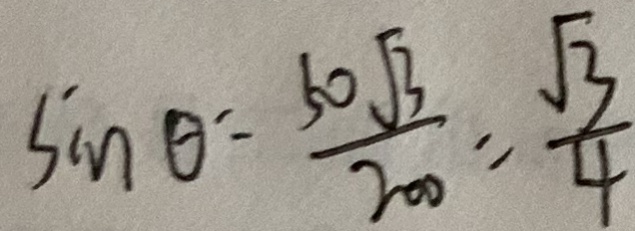
\sin \theta = \frac { 5 0 \sqrt { 3 } } { 2 0 } = \frac { \sqrt { 3 } } { 4 }